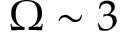
\Omega \sim 3